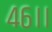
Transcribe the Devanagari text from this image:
४६।।